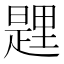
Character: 𨤱